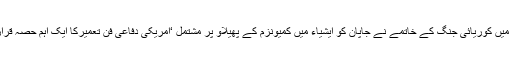
جون 1950ء میں کوریائی جنگ کے خاتمے نے جاپان کو ایشیاء میں کمیونزم کے پھیلاؤ پر مشتمل ‘امریکی دفاعی فن تعمیرکا ایک اہم حصہ قرار دیا جاتا ہے۔